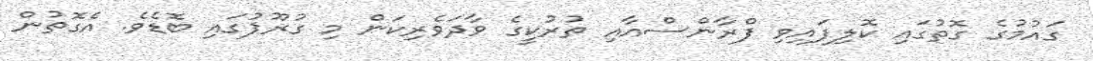
ގައުމުގެ ގޮތުގައި ކޮލިފައިވި ފްރާންސްއާއި ތުރުކީގެ ވާދަވެރިކަން މި ގުރޫޕުގައި ބޮޑެވެ. އެގޮތުން